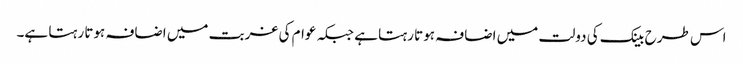
اس طرح بینک کی دولت میں اضافہ ہوتا رہتا ہے جبکہ عوام کی غربت میں اضافہ ہوتا رہتا ہے۔